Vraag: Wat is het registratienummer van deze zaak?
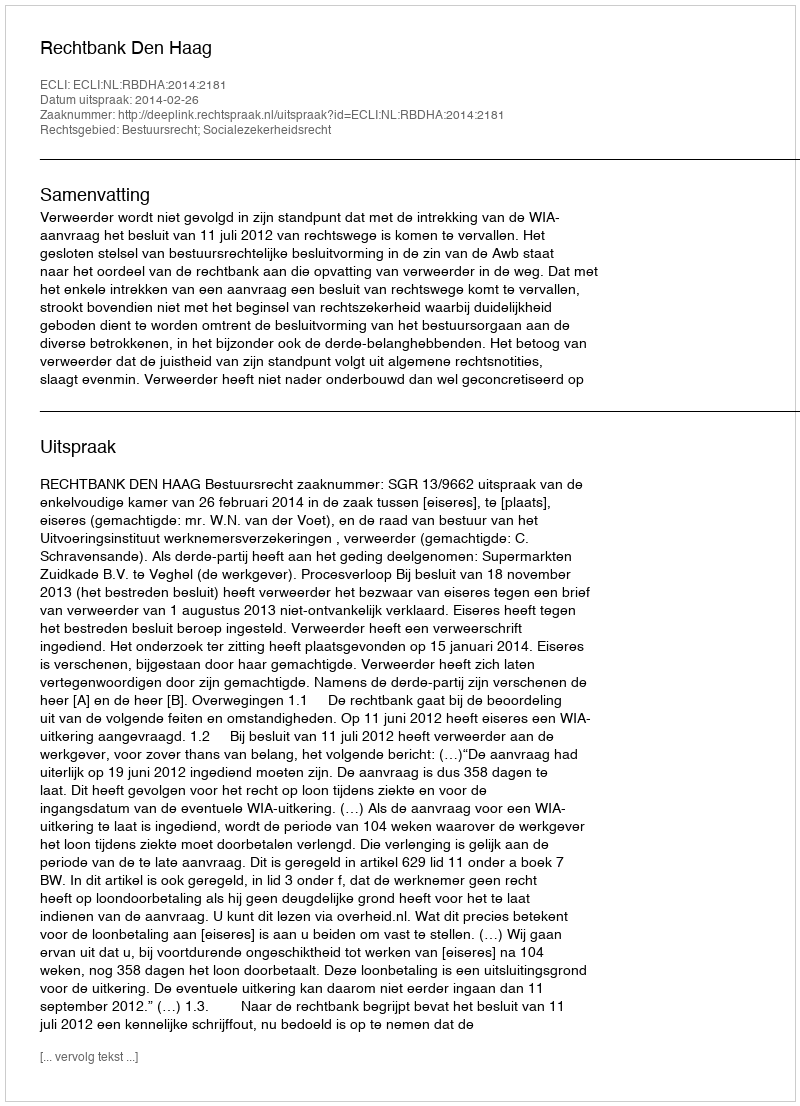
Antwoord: http://deeplink.rechtspraak.nl/uitspraak?id=ECLI:NL:RBDHA:2014:2181